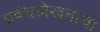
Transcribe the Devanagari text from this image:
प्रबंधलेखनाचा